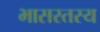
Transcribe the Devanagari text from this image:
भासस्तस्य